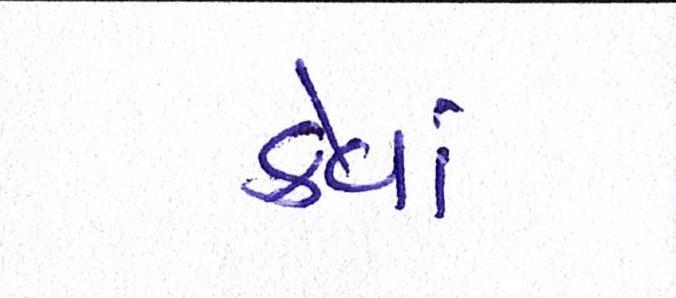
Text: કેવાં